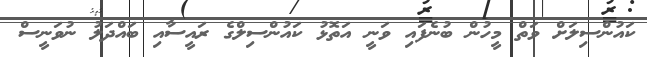
ކައުންސިލަށް ވަތް މީހުން ބުނެފައި ވަނީ އަތޮޅު ކައުންސިލްގެ ރައީސާއި ބައްދަލު ނުވަނީސް